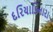
દરિયાકિનારા